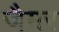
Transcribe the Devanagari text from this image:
जैमर